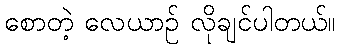
စောတဲ့ လေယာဉ် လိုချင်ပါတယ်။